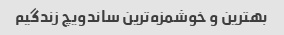
بهترین و خوشمزه‌ترین ساندویچ زندگیم